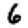
Digit: 6